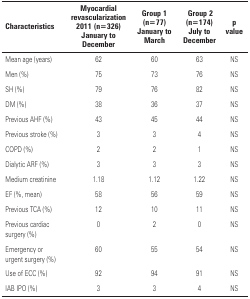
<table><thead><tr><td><b>Characteristics</b></td><td><b>Myocardial revascularization 2011 (n=326) January to December</b></td><td><b>Group 1 (n=77) January to March</b></td><td><b>Group 2 (n=174) July to December</b></td><td><b>p value</b></td></tr></thead><tbody><tr><td>Mean age (years)</td><td>62</td><td>60</td><td>63</td><td>NS</td></tr><tr><td>Men (%)</td><td>75</td><td>73</td><td>76</td><td>NS</td></tr><tr><td>SH (%)</td><td>79</td><td>76</td><td>82</td><td>NS</td></tr><tr><td>DM (%)</td><td>38</td><td>36</td><td>37</td><td>NS</td></tr><tr><td>Previous AHF (%)</td><td>43</td><td>45</td><td>44</td><td>NS</td></tr><tr><td>Previous stroke (%)</td><td>3</td><td>3</td><td>4</td><td>NS</td></tr><tr><td>COPD (%)</td><td>2</td><td>2</td><td>1</td><td>NS</td></tr><tr><td>Dialytic ARF (%)</td><td>3</td><td>3</td><td>3</td><td>NS</td></tr><tr><td>Medium creatinine</td><td>1.18</td><td>1.12</td><td>1.22</td><td>NS</td></tr><tr><td>EF (%, mean)</td><td>58</td><td>56</td><td>59</td><td>NS</td></tr><tr><td>Previous TCA (%)</td><td>12</td><td>10</td><td>11</td><td>NS</td></tr><tr><td>Previous cardiac surgery (%)</td><td>0</td><td>2</td><td>0</td><td>NS</td></tr><tr><td>Emergency or urgent surgery (%)</td><td>60</td><td>55</td><td>54</td><td>NS</td></tr><tr><td>Use of ECC (%)</td><td>92</td><td>94</td><td>91</td><td>NS</td></tr><tr><td>IAB IPO (%)</td><td>3</td><td>3</td><td>4</td><td>NS</td></tr></tbody></table>